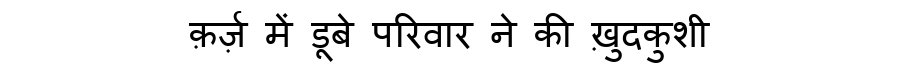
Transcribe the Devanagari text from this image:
क़र्ज़ में डूबे परिवार ने की ख़ुदकुशी